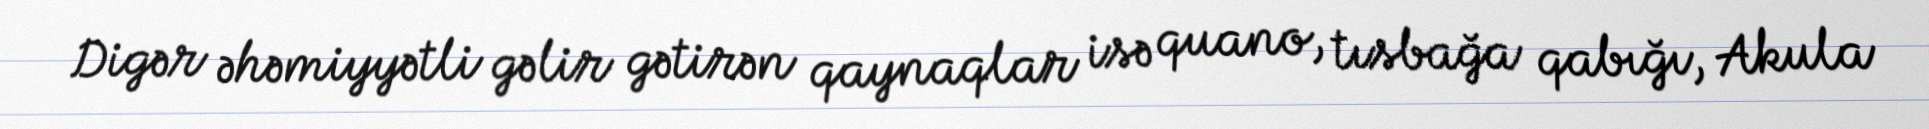
Digər əhəmiyyətli gəlir gətirən qaynaqlar isə quano, tısbağa qabığı, Akula